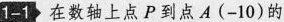
1-1 在数轴上点P到点A(-10)的